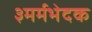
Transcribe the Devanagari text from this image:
३मर्मभेदक